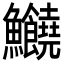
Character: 𩽸